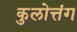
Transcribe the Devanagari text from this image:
कुलोत्तंग